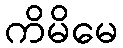
ကိမိမေ